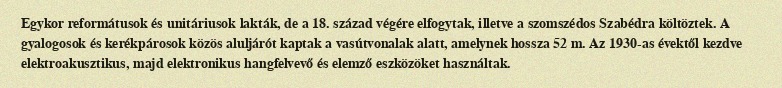
Egykor reformátusok és unitáriusok lakták, de a 18. század végére elfogytak, illetve a szomszédos Szabédra költöztek. A gyalogosok és kerékpárosok közös aluljárót kaptak a vasútvonalak alatt, amelynek hossza 52 m. Az 1930-as évektől kezdve elektroakusztikus, majd elektronikus hangfelvevő és elemző eszközöket használtak.